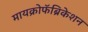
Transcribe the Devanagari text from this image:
मायक्रोफॅब्रिकेशन